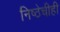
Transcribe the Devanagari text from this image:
निष्ठेचीही